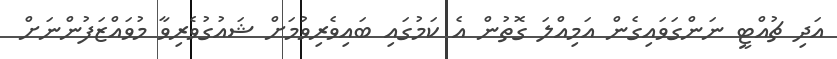
އަދި ޗުއްޓީ ނަންގަވައިގެން އަމިއްލަ ގޮތުން އެ ކަމުގައި ބައިވެރިވުމަށް ޝައުގުވެރިވާ މުވައްޒަފުންނަށް